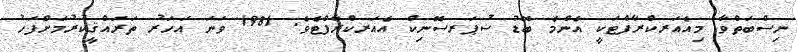
ނިސްބަތްވާ މިއެއަރކްރާފްޓަކީ އެންމެ ބޮޑު ސުޕަރސޮނިކް އެއަރކްރާފްޓެވެ. 1981 ވަނަ އަހަރު ތަރައްޤީކުރުމަށްފަހު